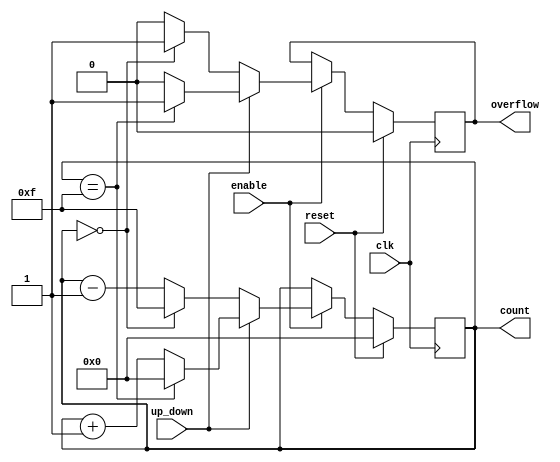
module SynchronousCounter #(
    parameter WIDTH = 4 // Configurable bit width
)(
    input wire clk,        // Clock input
    input wire reset,      // Synchronous reset
    input wire enable,     // Enable input
    input wire up_down,    // Up/Down control signal (1 for up, 0 for down)
    output reg [WIDTH-1:0] count, // Counter output
    output reg overflow     // Overflow flag
);

    // Initial count value
    initial begin
        count = 0;
        overflow = 0;
    end

    always @(posedge clk) begin
        if (reset) begin
            count <= 0;     // Reset count to zero
            overflow <= 0;   // Clear overflow flag
        end else if (enable) begin
            if (up_down) begin
                if (count == {WIDTH{1'b1}}) begin // Check for maximum value
                    count <= 0; // Wrap around to zero
                    overflow <= 1; // Set overflow flag
                end else begin
                    count <= count + 1; // Increment count
                    overflow <= 0; // Clear overflow flag
                end
            end else begin
                if (count == 0) begin // Check for minimum value
                    count <= {WIDTH{1'b1}}; // Wrap around to max value
                    overflow <= 1; // Set overflow flag
                end else begin
                    count <= count - 1; // Decrement count
                    overflow <= 0; // Clear overflow flag
                end
            end
        end
    end

endmodule